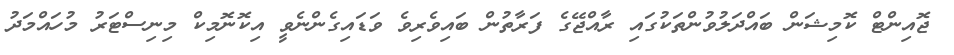
ޖޮއިންޓް ކޮމިޝަން ބައްދަލުވުންތަކުގައި ރާއްޖޭގެ ފަރާތުން ބައިވެރިވެ ވަޑައިގެންނެވީ އިކޮނޮމިކް މިނިސްޓަރު މުހައްމަދު